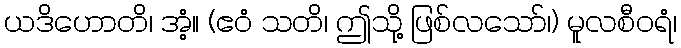
ယဒိဟောတိ၊ အံ့။ (ဧဝံ သတိ၊ ဤသို့ ဖြစ်လသော်၊) မူလစီဝရံ၊